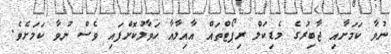
ނުވާ ކަމަށާއި ޖާބިރުގެ މެޑިކަލް ރިޕޯޓްތައް އާއިލާއާ ހަވާލުކޮށްފައި ވެސް ނުވާ ކަމަށެވެ.